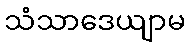
သံသာဒေယျာမ